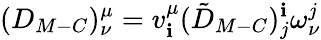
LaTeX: (D_{M-C})_{\nu}^{\mu}=v_{\mathbf{i}}^{\mu}(\tilde{{D}}_{M-C})_{j}^{\mathbf{i}}\omega_{\nu}^{j}